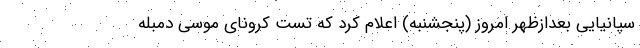
سپانیایی بعدازظهر امروز (پنجشنبه) اعلام کرد که تست کرونای موسی دمبله